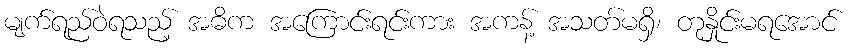
မျက်ရည်ဝဲရသည့် အဓိက အကြောင်းရင်းကား အကန့် အသတ်မရှိ၊ တုနှိုင်းမရအောင်